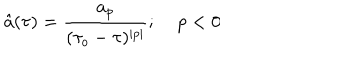
LaTeX: \hat { a } ( \tau ) = \frac { a _ { p } } { ( \tau _ { o } - \tau ) ^ { \mid p \mid } } ; \; p < 0